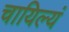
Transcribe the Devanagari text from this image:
चायिल्यं